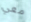
معي